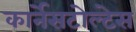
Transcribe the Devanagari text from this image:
कार्नेसटोल्टेस